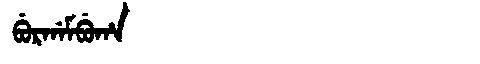
Manchu: ᠪᡠᡵᡤᠠᠮᠪᡠᡥᠠ
Romanization: BURGAMBUHA